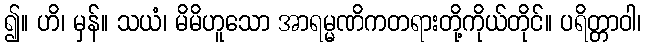
၍။ ဟိ၊ မှန်။ သယံ၊ မိမိဟူသော အာရမ္မဏိကတရားတို့ကိုယ်တိုင်။ ပရိတ္တာဝါ၊